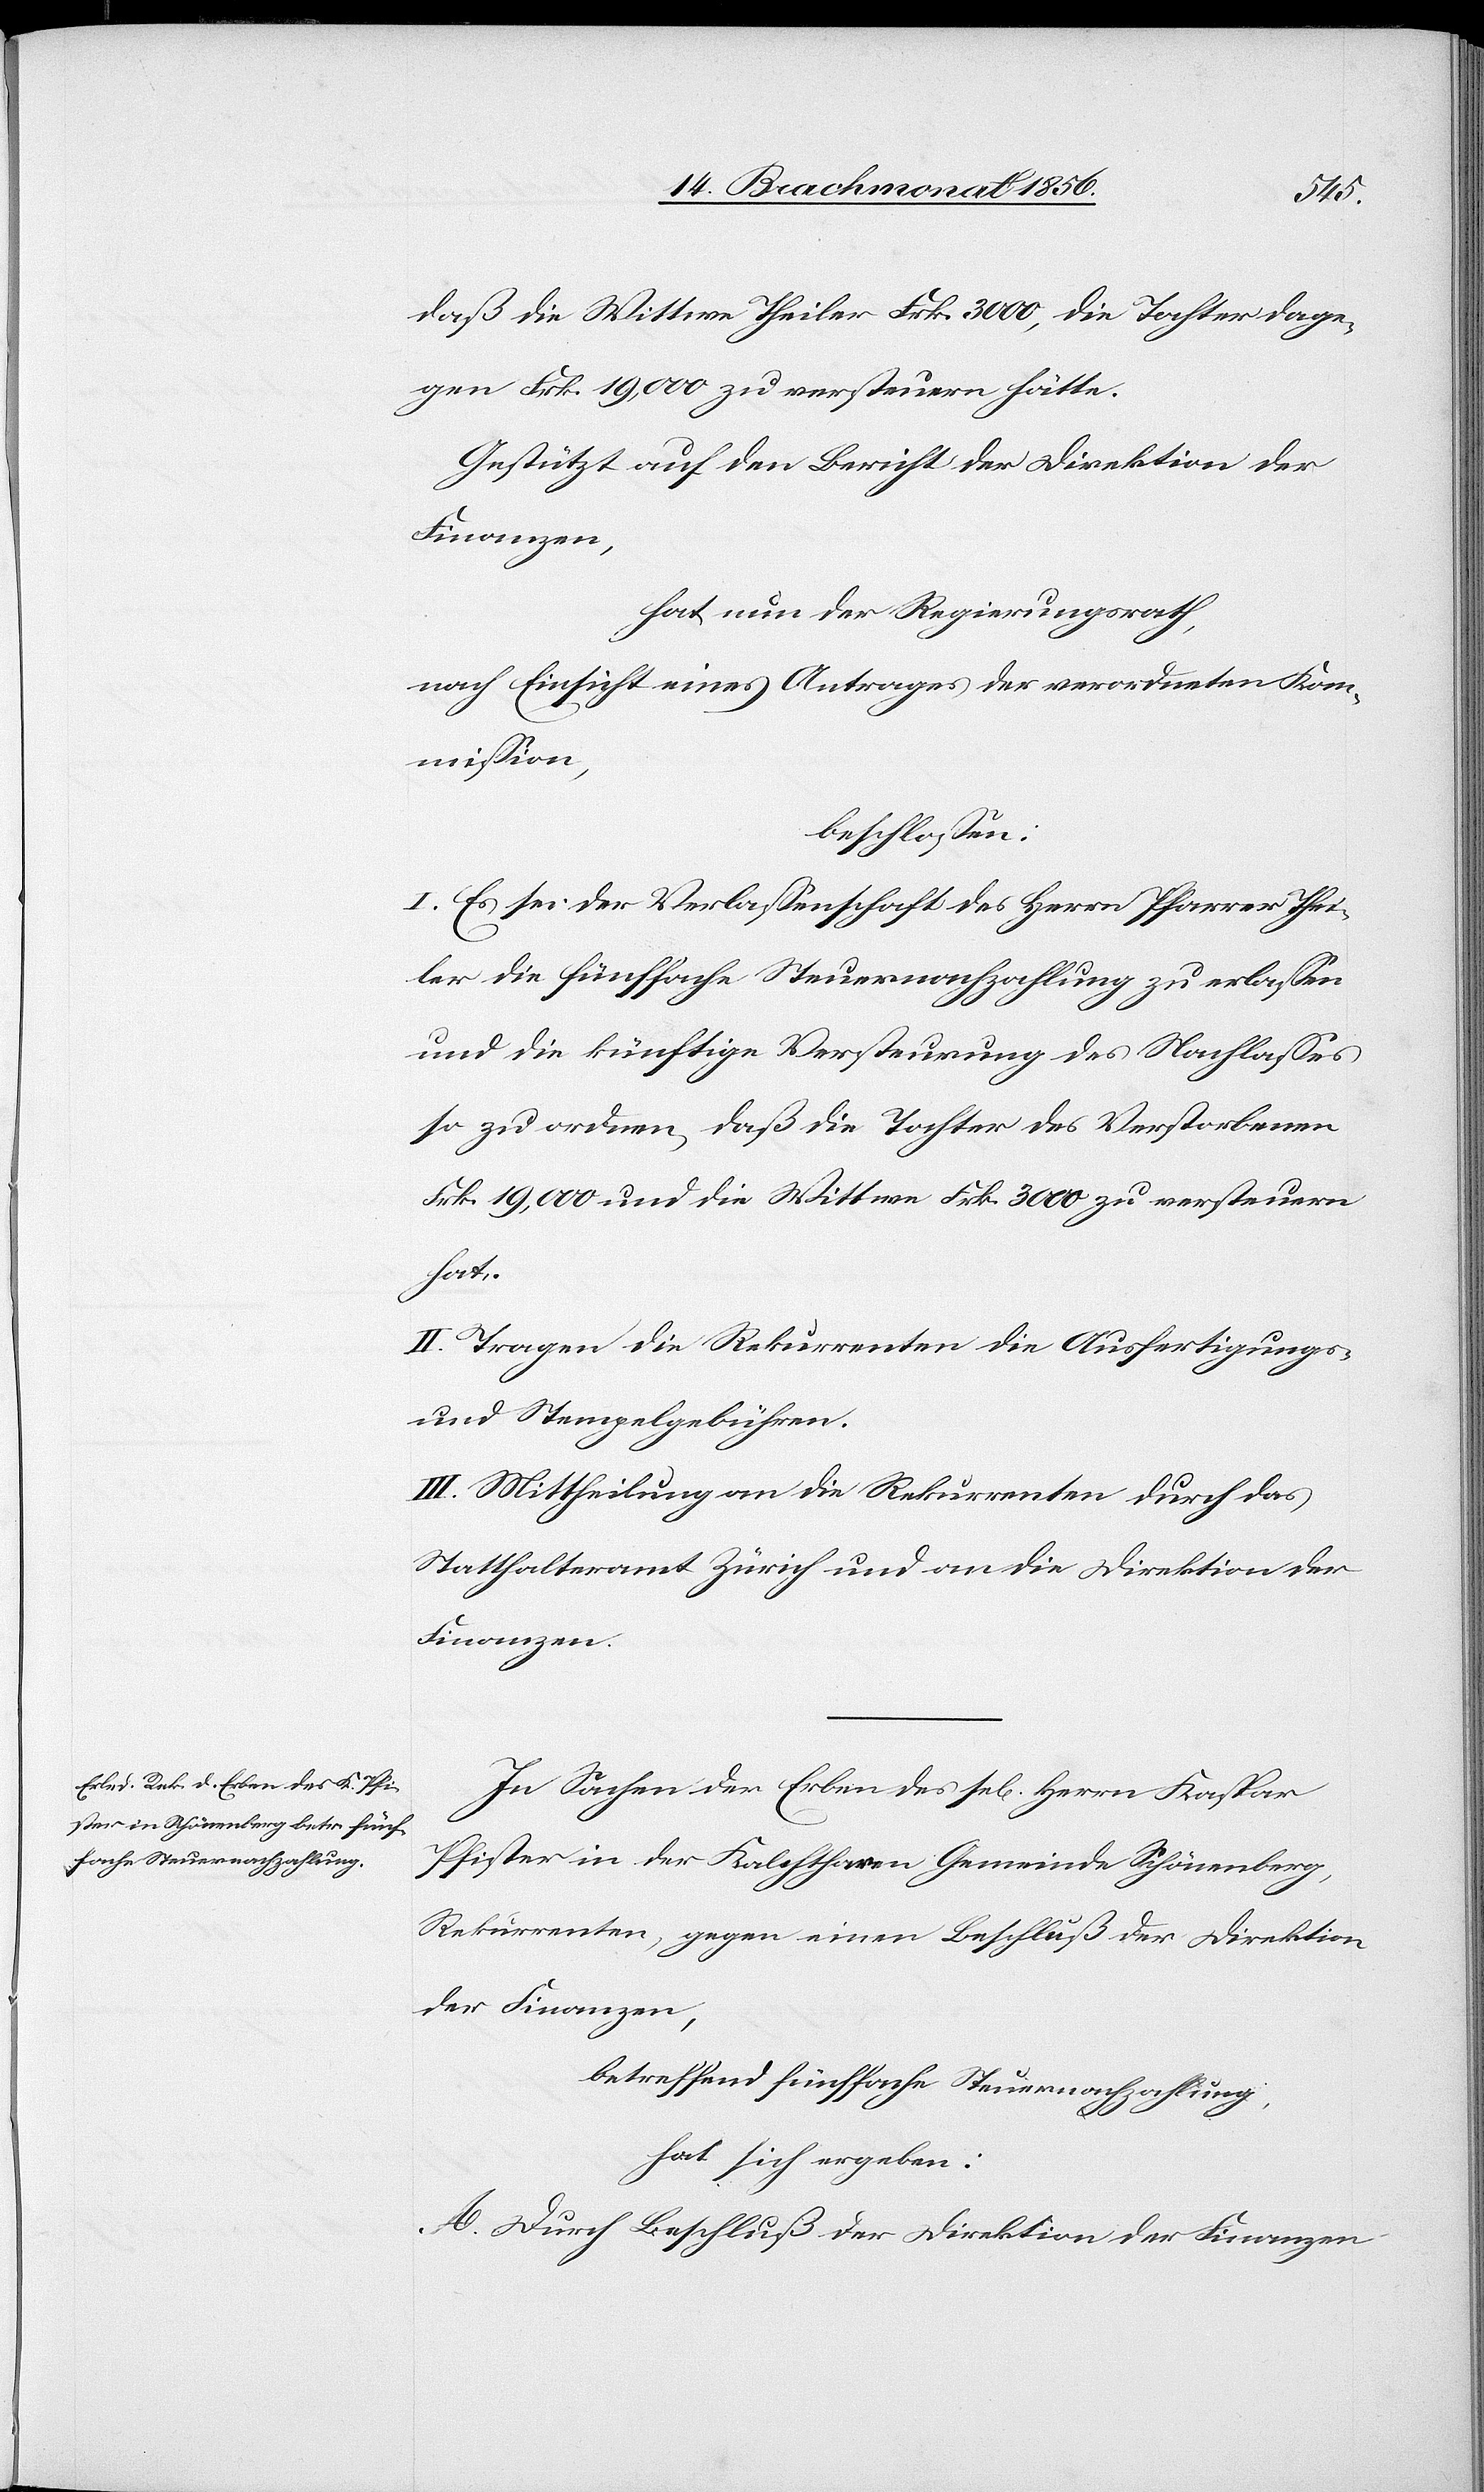
daß die Wittwe Theiler Frk. 3000, die Tochter dage¬
gen Frk. 19,000 zu versteuern hätte.
Gestützt auf den Bericht der Direktion der
Finanzen,
hat nun der Regierungsrath,
nach Einsicht eines Antrages der verordneten Kom¬
mission,
beschlossen:
I. Es sei der Verlassenschaft des Herrn Pfarrer Thei¬
ler die fünffache Steuernachzahlung zu erlassen
und die künftige Versteurung des Nachlasses
so zu ordnen, daß die Tochter des Verstorbenen
Frk. 19,000 und die Wittwe Frk. 3000 zu versteuern
hat.
II. Tragen die Rekurrenten die Ausfertigungs-
und Stempelgebühren.
III. Mittheilung an die Rekurrenten durch das
Statthalteramt Zürich und an die Direktion der
Finanzen.
In Sachen der Erben des sel[igen] Herrn Kaspar
Pfister in der Kalchtharen Gemeinde Schönenberg,
Rekurrenten, gegen einen Beschluß der Direktion
der Finanzen,
betreffend fünffache Steuernachzahlung
hat sich ergeben:
A. Durch Beschluß der Direktion der Finanzen